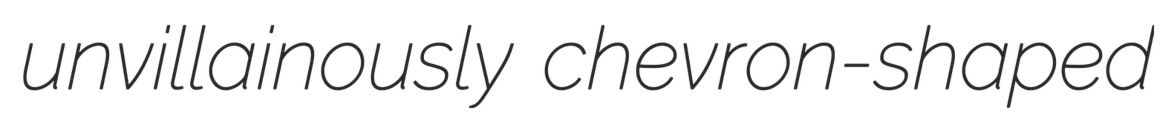
unvillainously chevron-shaped